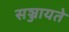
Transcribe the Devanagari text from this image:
सञ्जायते